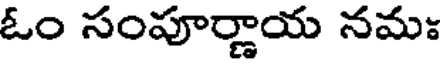
ఓం సంపూర్ణాయ నమః